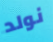
نولد